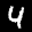
Label: 4